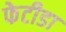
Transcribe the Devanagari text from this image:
फेटीडा